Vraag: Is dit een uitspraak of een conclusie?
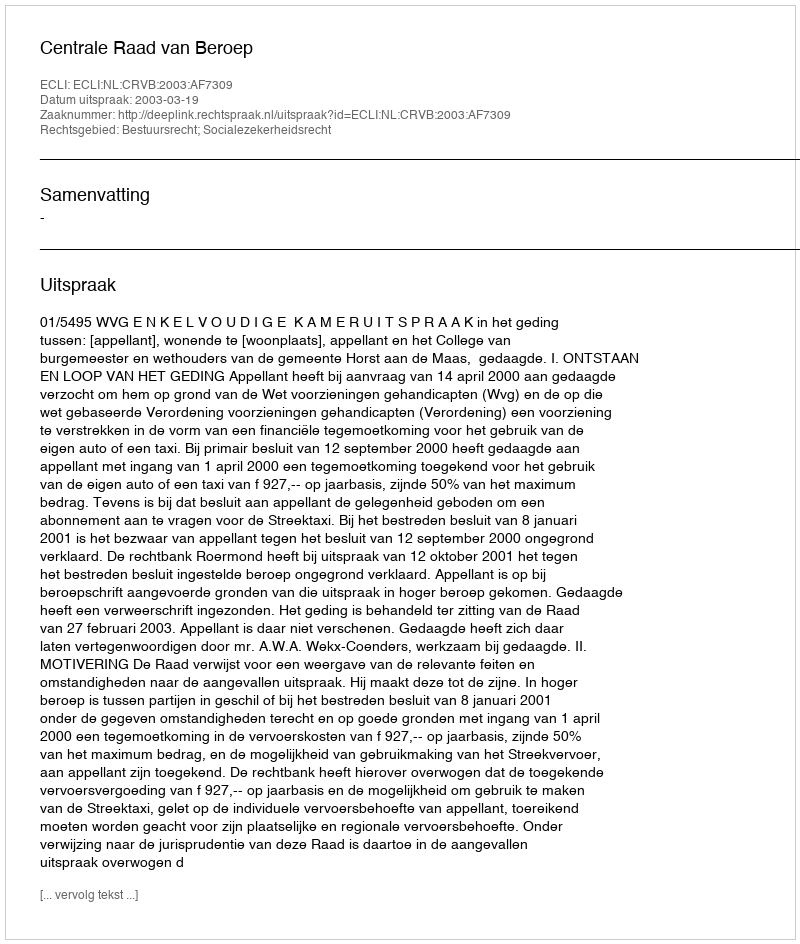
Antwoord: Uitspraak